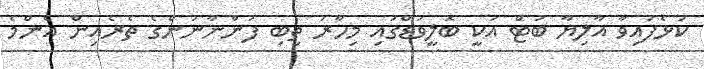
ކުޅެފައިވާ އާލިޔާ ބަޓް އަކީ ބޮލީވުޑްގައި މިހާރު ތިބި ފަންނާނުންގެ ތެރެއިން އެންމެ